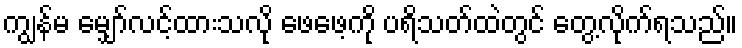
ကျွန်မ မျှော်လင့်ထားသလို ဖေဖေ့ကို ပရိသတ်ထဲတွင် တွေ့လိုက်ရသည်။